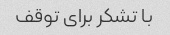
با تشکر برای توقف